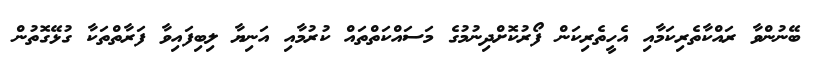
ބޭނުންވާ ރައްކާތެރިކަމާއި އެހީތެރިކަން ފޯރުކޮށްދިނުމުގެ މަސައްކަތްތައް ކުރުމާއި އަނިޔާ ލިބިފައިވާ ފަރާތްތަކާ ގުޅޭގޮތުން